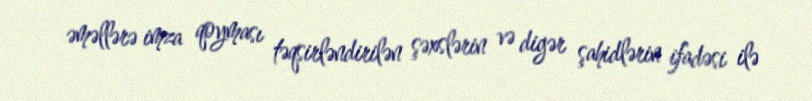
əməllərə imza qoyması təqsirləndirilən şəxslərin və digər şahidlərin ifadəsi ilə